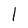
Character: l